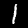
Digit: 1